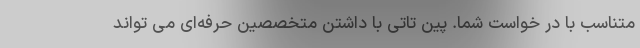
متناسب با در خواست شما. پین تاتی با داشتن متخصصین حرفه‌ای می تواند